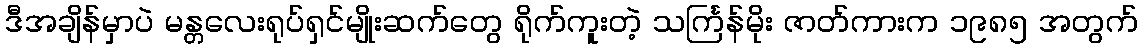
ဒီအချိန်မှာပဲ မန္တလေးရုပ်ရှင်မျိုးဆက်တွေ ရိုက်ကူးတဲ့ သင်္ကြန်မိုး ဇာတ်ကားက ၁၉၈၅ အတွက်